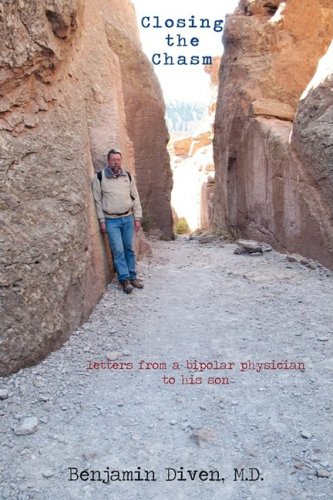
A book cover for Closing the Chasm: Letters from a Bipolar Physician to His Son; Benjamin Diven; Health, Fitness & Dieting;